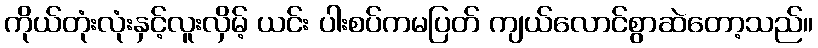
ကိုယ်တုံးလုံးနှင့်လူးလှိမ့် ယင်း ပါးစပ်ကမပြတ် ကျယ်လောင်စွာဆဲတော့သည်။